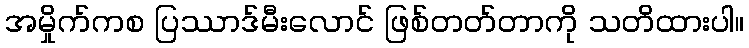
အမှိုက်ကစ ပြဿာဒ်မီးလောင် ဖြစ်တတ်တာကို သတိထားပါ။